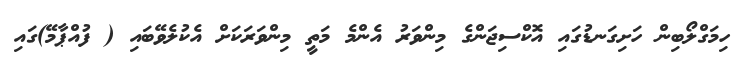
ހިމަގްލޯބިން ހަށިގަނޑުގައި އޮކްސިޖަންގެ މިިންވަރު އެންމެ މަތީ މިންވަރަކަށް އެކުލެވޭބައި ( ފުއްޕާމޭ)ގައި